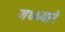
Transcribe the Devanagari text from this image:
जथ्थ्याने